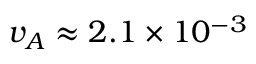
v _ { A } \approx 2 . 1 \times 1 0 ^ { - 3 }